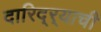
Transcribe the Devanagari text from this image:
दारिद्‌र्‍याची